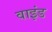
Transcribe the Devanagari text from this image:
वाइंड